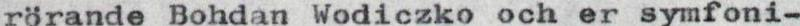
rörande Bohdan Wodiczko och er symfoni-